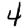
Digit: 4